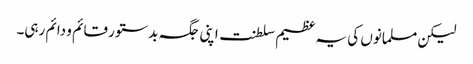
لیکن مسلمانوں کی یہ عظیم سلطنت اپنی جگہ بدستور قائم و دائم رہی۔